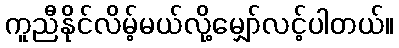
ကူညီနိုင်လိမ့်မယ်လို့မျှော်လင့်ပါတယ်။